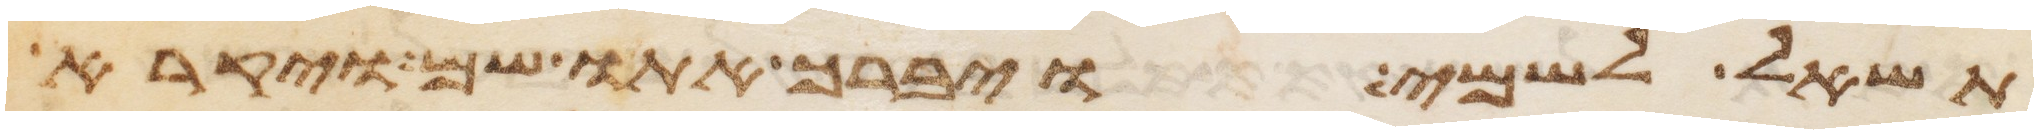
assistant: תשאל לשמי ויברך אתו שם ויקרא